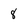
Character: 8